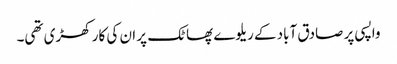
واپسی پر صادق آباد کے ریلوے پھاٹک پر ان کی کار کھڑی تھی۔